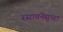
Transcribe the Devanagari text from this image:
रसायनेसुध्दा